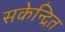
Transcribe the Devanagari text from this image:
सकेन्द्रित